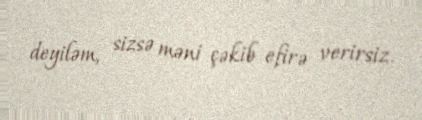
deyiləm, sizsə məni çəkib efirə verirsiz.